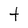
Character: t